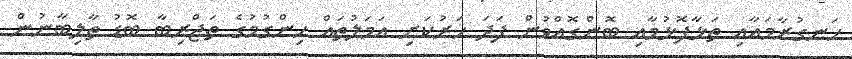
ހަނގުރާމައާއި ތަޅާފޮޅުމާއި ބޮންގޮއްވުން ފަދަ ހަރުކަށި އަމަލުތައް ހިންގުމުގެ ތަޖްރިބާ ބޮޑު ތާލިބާނުން